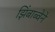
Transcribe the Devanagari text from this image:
झिंबाब्वेने